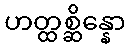
ဟတ္ထစ္ဆိန္နော